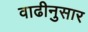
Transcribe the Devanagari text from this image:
वाढीनुसार